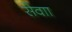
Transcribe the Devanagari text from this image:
सेवाा